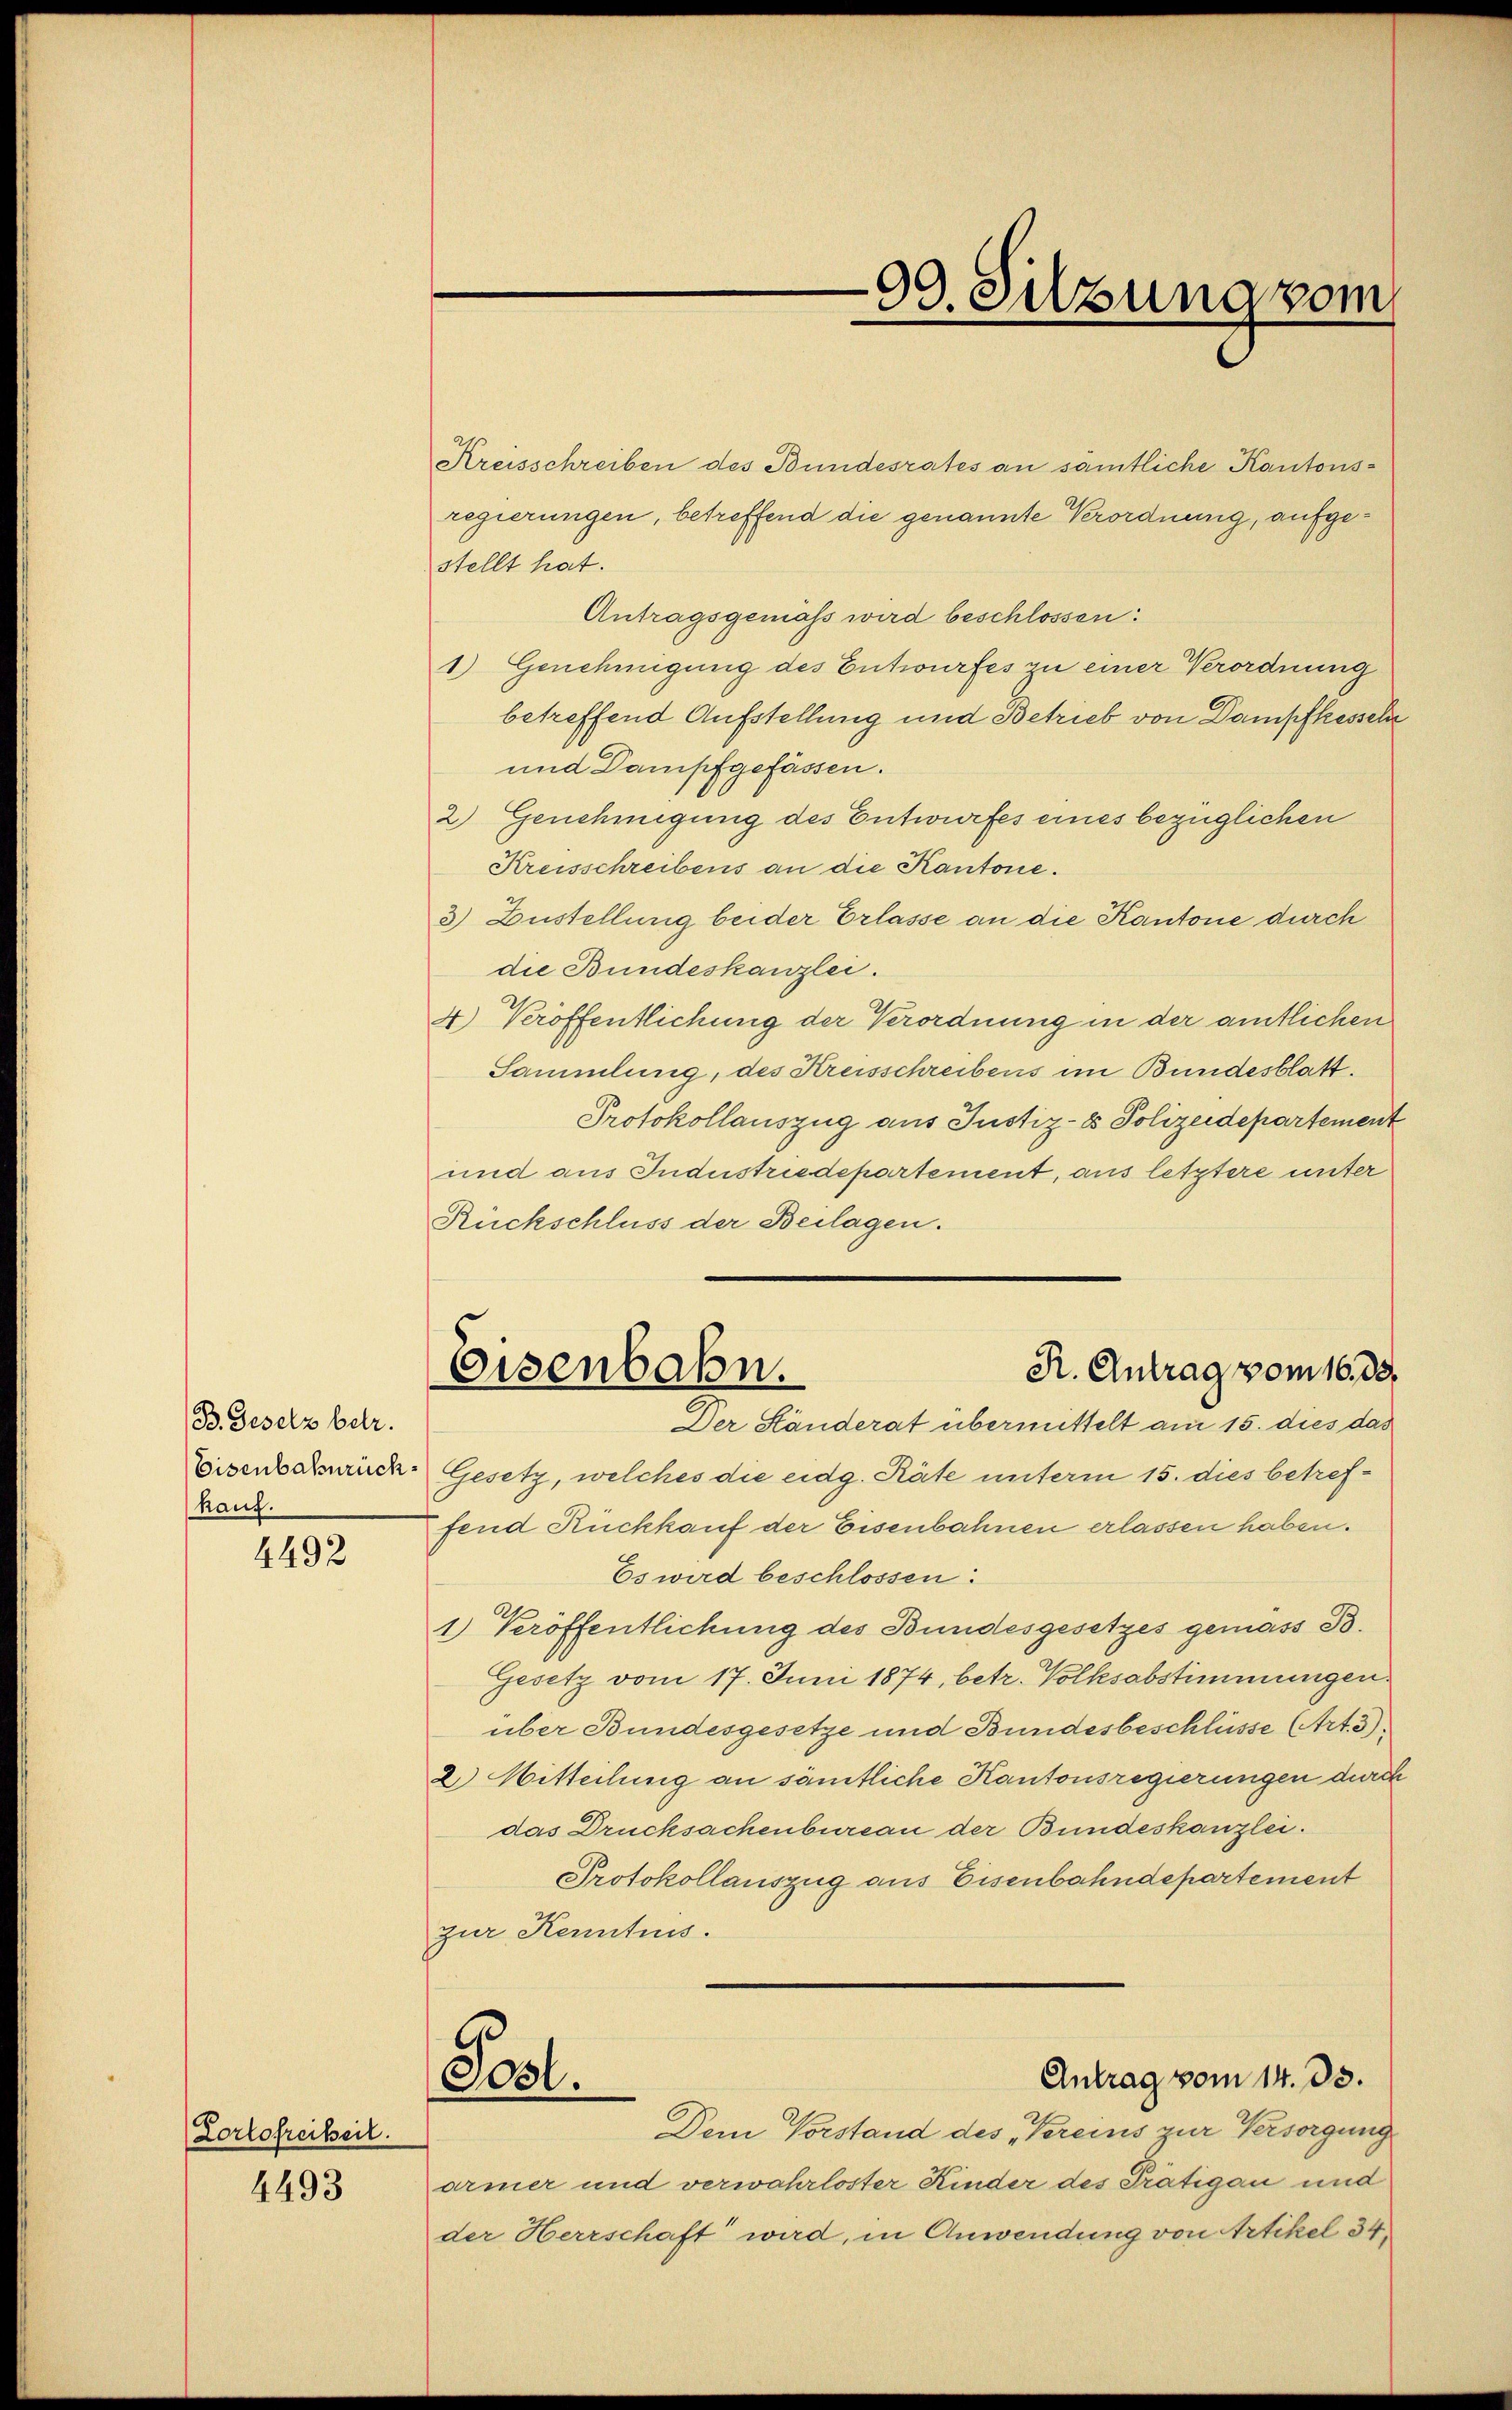
B. Gesetz betr.
Eisenbahnrück.
kauf.

4492

Lortofreiheit.

4493

Kreisschreiben des Bundesrates an sämtliche Kantonsregierungen, betreffend die genannte Verordnung, aufgestellt hat.
Antragsgemäss wird beschlossen:
1) Genehmigung des Entwurfes zu einer Verordnung
betreffend Aufstellung und Betrieb von Dampfkesschr
und Dampfgefassen.
2) Genehmigung des Entwurfes eines bezüglichen
Kreisschreibens an die Kantone.
3) Zustellung beider Erlasse an die Kantone durch
die Bundeskanzlei.
4) Veröffentlichung der Verordnung in der amtlichen
Sammlung, des Kreisschreibens im Bundesblatt.
Protokollauszug aus Justiz- & Polizeidepartement
und aus Industriedepartement, aus letztere unter
Rückschluss der Beilagen.
R. Antrag vom 16. 33.
Eisenbahn.
Der Ständerat übermittelt am 15. dies das
Gesetz, welches die eidg. Räte unterm 15. dies betreffend Rückkauf der Eisenbahnen erlassen haben.
Es wird beschlossen:
1) Veröffentlichung des Bundesgesetzes gemäss B.
Gesetz vom 17. Juni 1874, betr. Volksabstimmungen
über Bundesgesetze und Bundesbeschlüsse (Art. 3).
2) Mitteilung an sämtliche Kantonsregierungen durch
das Drucksachenbureau der Bundeskanzlei.
Protokollauszug aus Eisenbahndepartement
zur Kenntnis.
Antrag vom 14. 33.
Post.
Dem Vorstand des Vereins zur Versorgung
armer und verwahrloster Kinder des Trätigau und
der Herrschaft wird, in Anwendung von Artikel 34,

99. Silzung vom